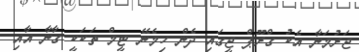
ޖަރުމަނާ އެކު ގްރޫޕް ޖީގައި ދެން ހިމެނޭ ޓީމް ތަކަކީ ގާނާ އާއި